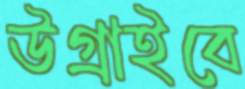
উগ্‌রাইবে